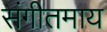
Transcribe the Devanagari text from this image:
संगीतमाय